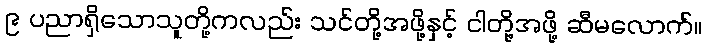
၉ ပညာရှိသောသူတို့ကလည်း သင်တို့အဖို့နှင့် ငါတို့အဖို့ ဆီမလောက်။